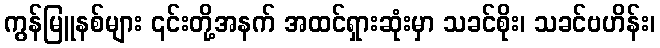
ကွန်မြူနစ်များ ၎င်းတို့အနက် အထင်ရှားဆုံးမှာ သခင်စိုး၊ သခင်ဗဟိန်း၊